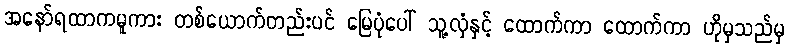
အနော်ရထာကမူကား တစ်ယောက်တည်းပင် မြေပုံပေါ် သူ့လှံနှင့် ထောက်ကာ ထောက်ကာ ဟိုမှသည်မှ